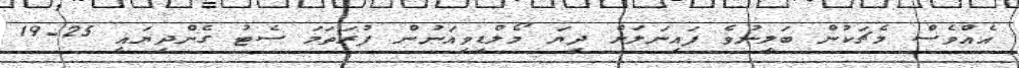
އެއްވެސް މެޗަކުން ބަލިނުވެ ފައިނަލަށް ދިޔަ މޯލްޑިވިއަނުން ފުރަތަމަ ސެޓު ގެންދިޔައީ 25-19